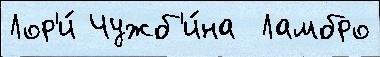
Лор'и́ Чужб'и́на  Ламбро